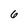
Character: 6